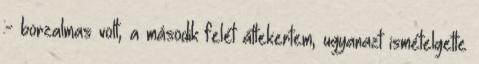
:- borzalmas volt, a második felét áttekertem, ugyanazt ismételgette